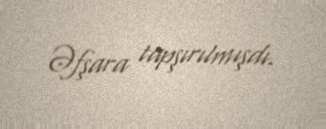
Əfşara tapşırılmışdı.